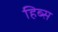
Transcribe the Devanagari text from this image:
हिब्स